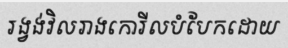
រង្វង់វិលរាងកោរីលបំបែកដោយ